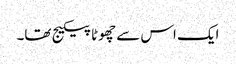
ایک اس سے چھوٹا پیکیج تھا۔